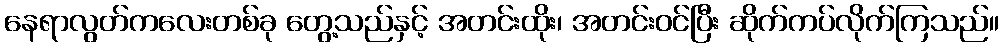
နေရာလွတ်ကလေးတစ်ခု တွေ့သည်နှင့် အတင်းထိုး၊ အတင်းဝင်ပြီး ဆိုက်ကပ်လိုက်ကြသည်။